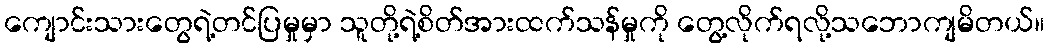
ကျောင်းသားတွေရဲ့တင်ပြမှုမှာ သူတို့ရဲ့စိတ်အားထက်သန်မှုကို တွေ့လိုက်ရလို့သဘောကျမိတယ်။